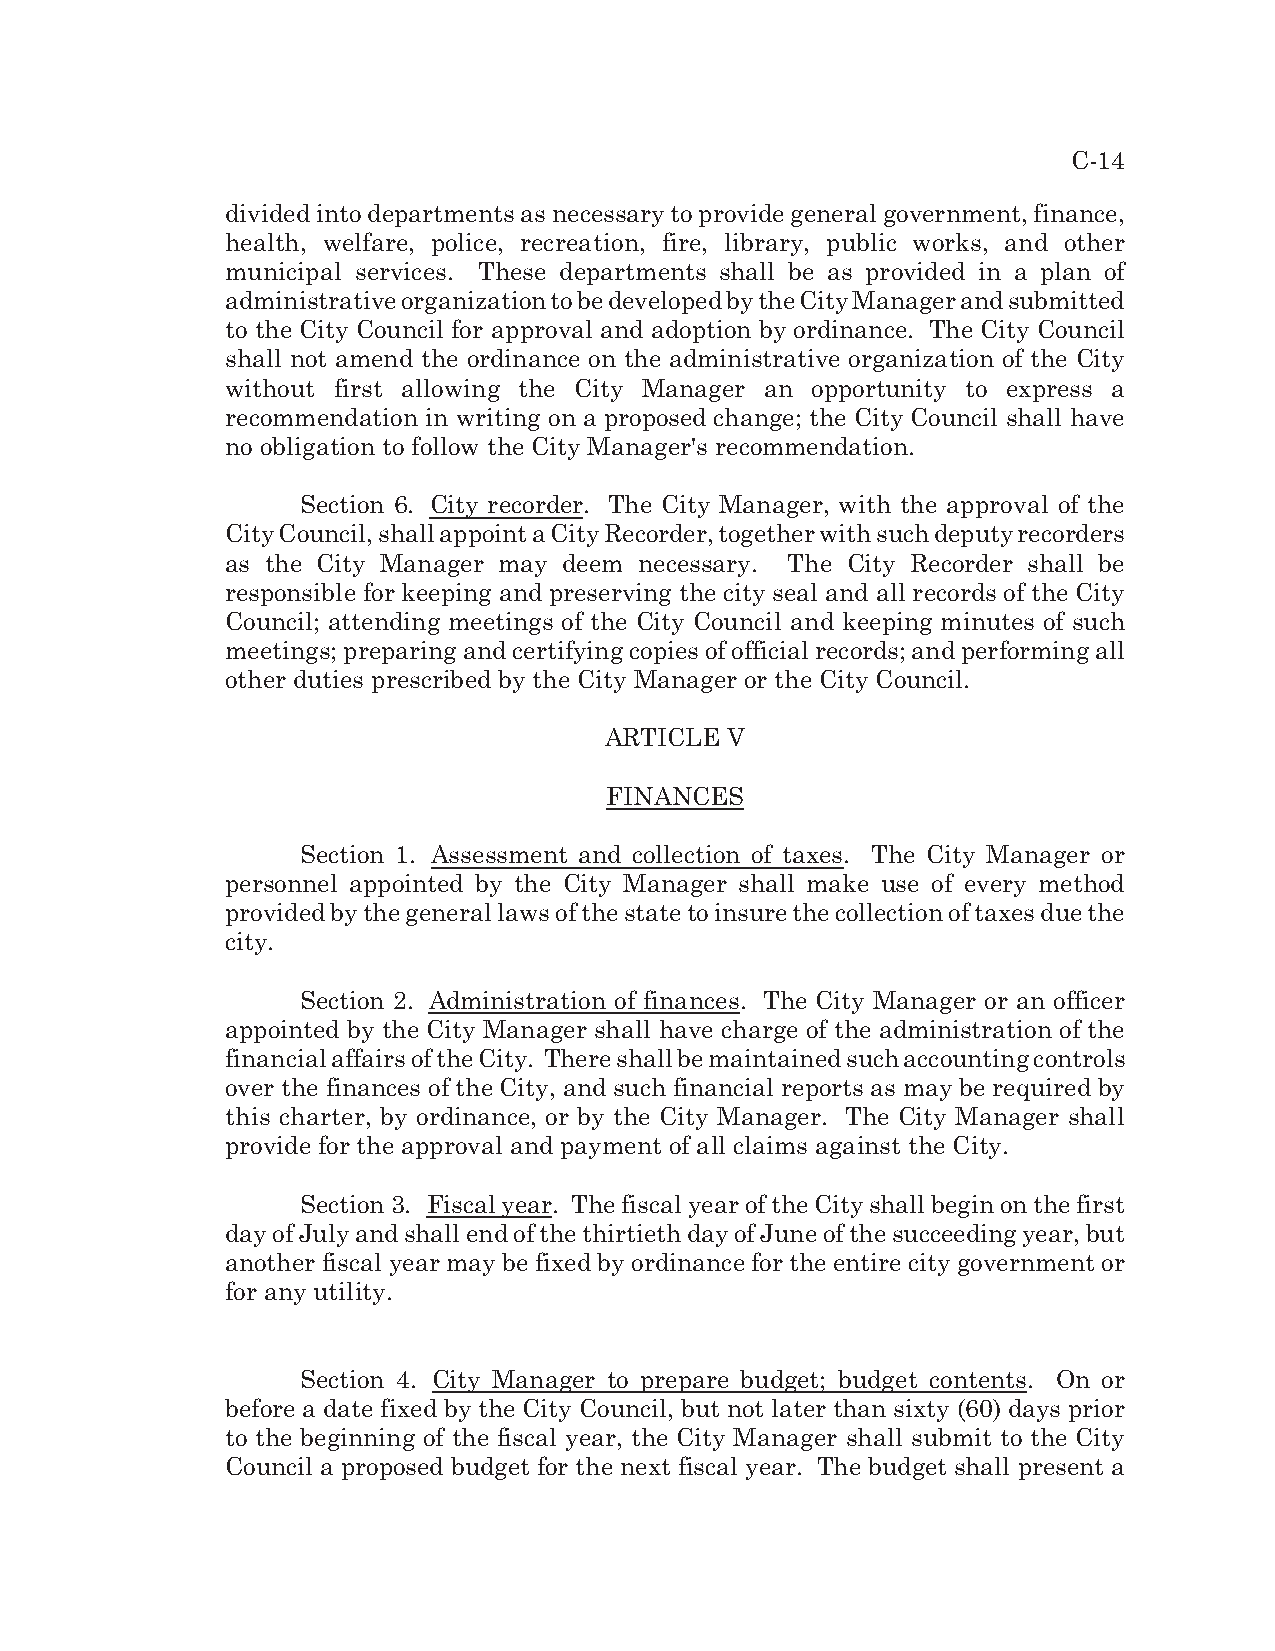
C-14
 divided into departments as necessary to provide general government, finance,
 health, welfare, police, recreation, fire, library, public works, and other
 municipal services. These departments shall be as provided in a plan of
 administrative organization to be developed by the City Manager and submitted
 to the City Council for approval and adoption by ordinance. The City Council
 shall not amend the ordinance on the administrative organization of the City
 without first allowing the City Manager an opportunity to express a
 recommendation in writing on a proposed change; the City Council shall have
 no obligation to follow the City Manager's recommendation.
 Section 6. City recorder. The City Manager, with the approval of the
 City Council, shall appoint a City Recorder, together with such deputy recorders
 as the City Manager may deem necessary. The City Recorder shall be
 responsible for keeping and preserving the city seal and all records of the City
 Council; attending meetings of the City Council and keeping minutes of such
 meetings; preparing and certifying copies of official records; and performing all
 other duties prescribed by the City Manager or the City Council.
 ARTICLE V
 FINANCES
 Section 1. Assessment and collection of taxes. The City Manager or
 personnel appointed by the City Manager shall make use of every method
 provided by the general laws of the state to insure the collection of taxes due the
 city.
 Section 2. Administration of finances. The City Manager or an officer
 appointed by the City Manager shall have charge of the administration of the
 financial affairs of the City. There shall be maintained such accounting controls
 over the finances of the City, and such financial reports as may be required by
 this charter, by ordinance, or by the City Manager. The City Manager shall
 provide for the approval and payment of all claims against the City.
 Section 3. Fiscal year. The fiscal year of the City shall begin on the first
 day of July and shall end of the thirtieth day of June of the succeeding year, but
 another fiscal year may be fixed by ordinance for the entire city government or
 for any utility.
 Section 4. City Manager to prepare budget; budget contents. On or
 before a date fixed by the City Council, but not later than sixty (60) days prior
 to the beginning of the fiscal year, the City Manager shall submit to the City
 Council a proposed budget for the next fiscal year. The budget shall present a